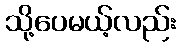
သို့ပေမယ့်လည်း